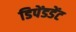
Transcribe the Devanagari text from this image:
डिपेंडडेंट